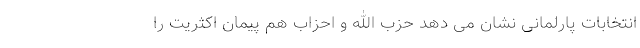
انتخابات پارلمانی نشان می دهد حزب الله و احزاب هم پیمان اکثریت را